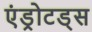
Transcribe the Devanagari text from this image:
एंड्रोटड्स